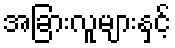
အခြားလူများနှင့်